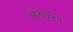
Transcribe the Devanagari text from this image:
आलोच्नतम